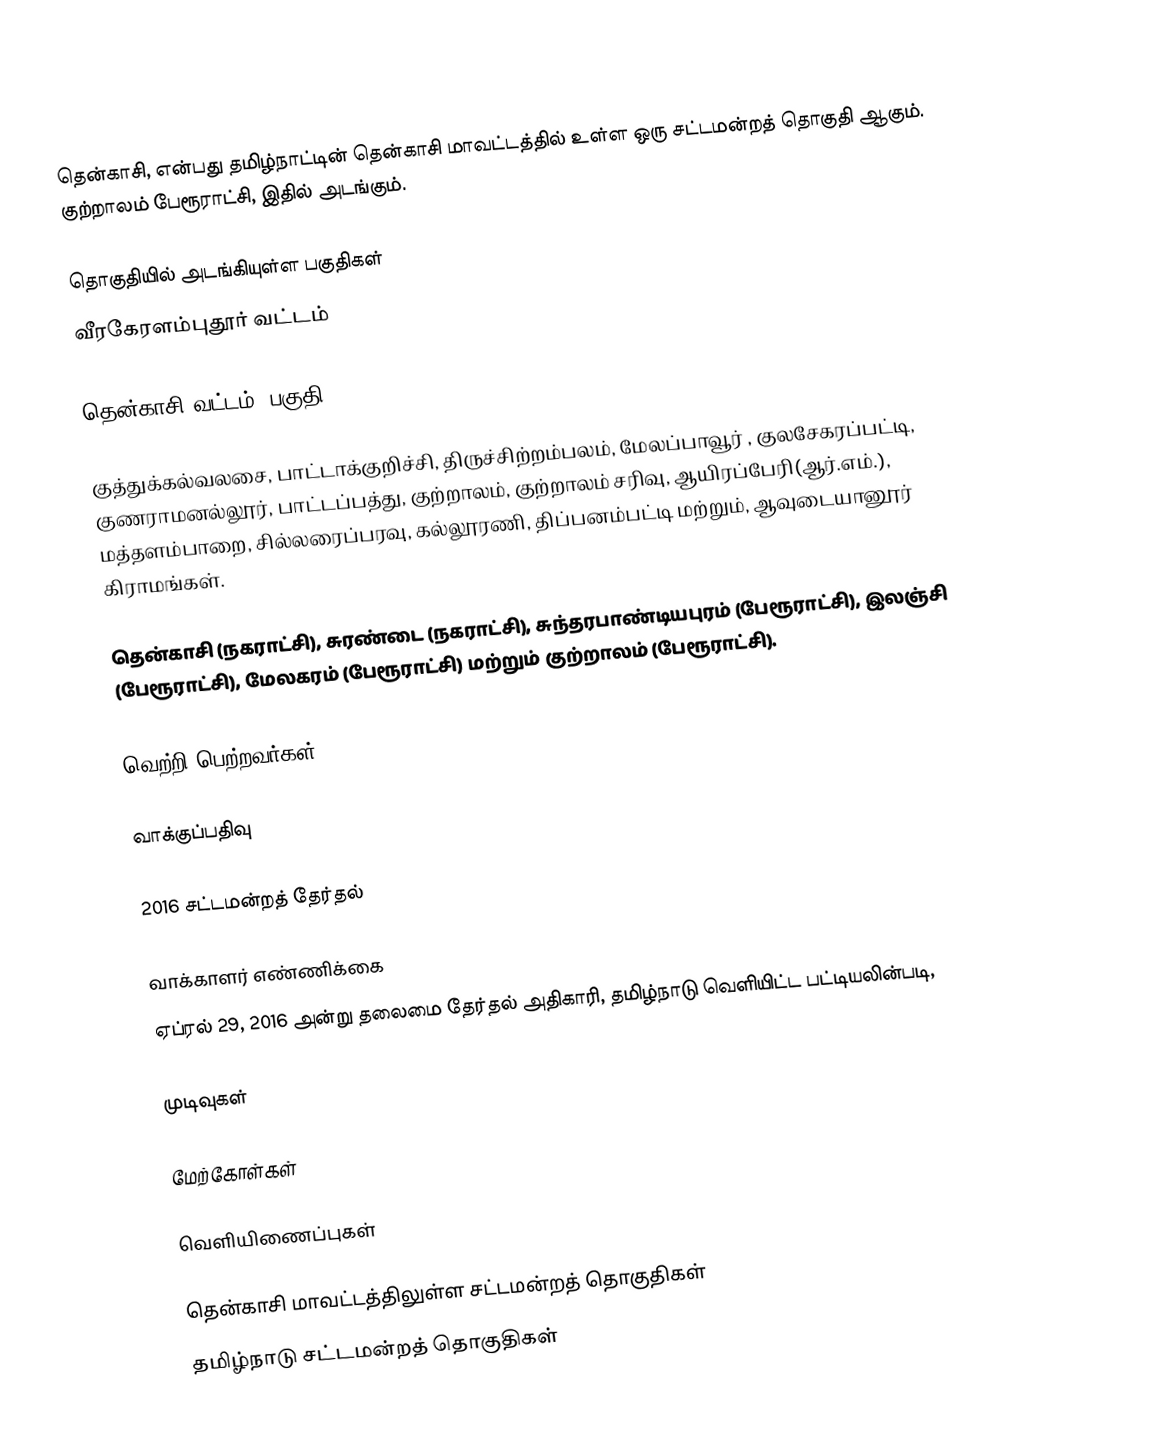
தென்காசி, என்பது தமிழ்நாட்டின் தென்காசி மாவட்டத்தில் உள்ள ஒரு சட்டமன்றத் தொகுதி ஆகும். குற்றாலம் பேரூராட்சி, இதில் அடங்கும்.

தொகுதியில் அடங்கியுள்ள பகுதிகள்
 வீரகேரளம்புதூர் வட்டம்

 தென்காசி வட்டம் (பகுதி)

குத்துக்கல்வலசை, பாட்டாக்குறிச்சி, திருச்சிற்றம்பலம், மேலப்பாவூர் , குலசேகரப்பட்டி, குணராமனல்லூர், பாட்டப்பத்து, குற்றாலம், குற்றாலம் சரிவு, ஆயிரப்பேரி(ஆர்.எம்.), மத்தளம்பாறை, சில்லரைப்பரவு, கல்லூரணி, திப்பனம்பட்டி  மற்றும், ஆவுடையானூர் கிராமங்கள்.

தென்காசி (நகராட்சி), சுரண்டை (நகராட்சி), சுந்தரபாண்டியபுரம் (பேரூராட்சி), இலஞ்சி (பேரூராட்சி), மேலகரம் (பேரூராட்சி) மற்றும் குற்றாலம் (பேரூராட்சி).

வெற்றி பெற்றவர்கள்

வாக்குப்பதிவு

2016 சட்டமன்றத் தேர்தல்

வாக்காளர் எண்ணிக்கை
ஏப்ரல் 29, 2016 அன்று தலைமை தேர்தல் அதிகாரி, தமிழ்நாடு வெளியிட்ட பட்டியலின்படி,

முடிவுகள்

மேற்கோள்கள்

வெளியிணைப்புகள்

தென்காசி மாவட்டத்திலுள்ள சட்டமன்றத் தொகுதிகள்
தமிழ்நாடு சட்டமன்றத் தொகுதிகள்